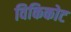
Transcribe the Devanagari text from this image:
विकिकोट